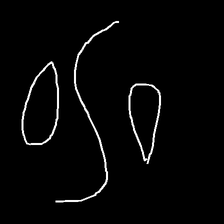
Glyph: water